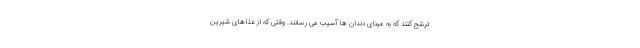
ترشح کنند که به مینای دندان ها آسیب می رسانند. وقتی که از غذاهای شیرین